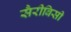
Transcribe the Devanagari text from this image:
सैरीबिसी